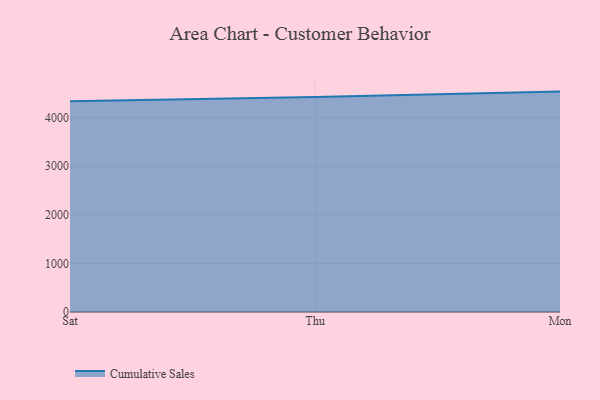
{"axis": {"x": "Day", "y": "Budget (USD K)"}, "legend": ["Cumulative Sales"], "data": [{"x": "Sat", "y": 4337.7, "type": "Cumulative Sales"}, {"x": "Thu", "y": 4426.5, "type": "Cumulative Sales"}, {"x": "Mon", "y": 4537.4, "type": "Cumulative Sales"}]}